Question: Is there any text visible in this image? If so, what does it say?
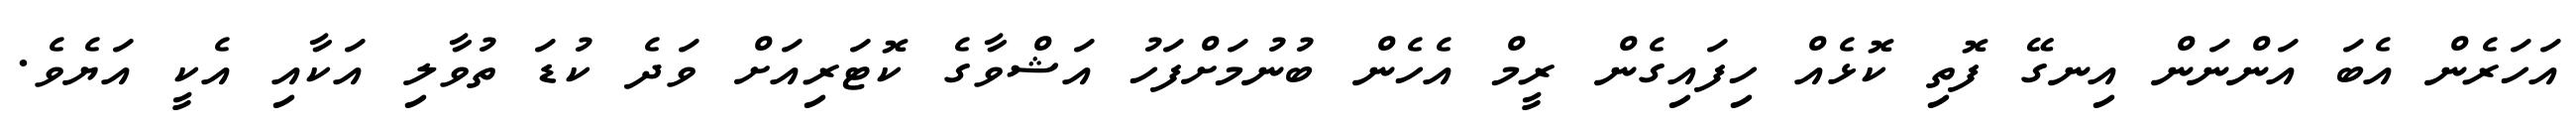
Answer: އަހަރެން އެބަ އަންނަން އިނގޭ ފޮތި ކޮޅެއް ހިފައިގެން ރީމް އެހެން ބުނުމަށްފަހު އަޝްވާގެ ކޮޓަރިއަށް ވަދެ ކުޑަ ތުވާލި އަކާއި އެކީ އަޔެވެ.